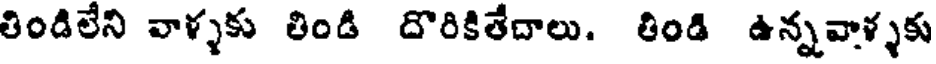
తిండిలేని వాళ్ళకు తిండి దొరికితేదాలు. తిండి ఉన్నవాళ్ళకు